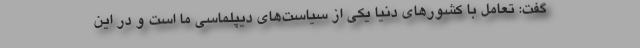
گفت: تعامل با کشورهای دنیا یکی از سیاست‌های دیپلماسی ما است و در این